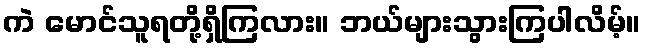
ကဲ မောင်သူရတို့ရှိကြလား။ ဘယ်များသွားကြပါလိမ့်။